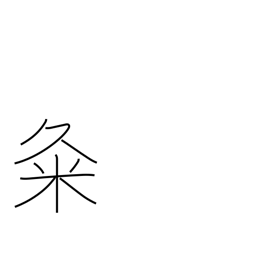
Meaning: used in proper names